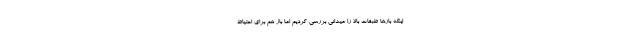
اینکه بارها طبقات بالا را میدانی بررسی کردیم اما باز هم برای احتیاط